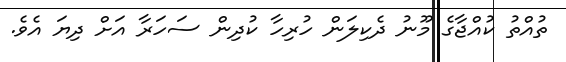
ތުއްތު ކުއްޖާގެ މޫނު ދެކިލަން ހުރިހާ ކުދިން ސަހަރާ އަށް ދިޔަ އެވެ.